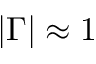
| \Gamma | \approx 1